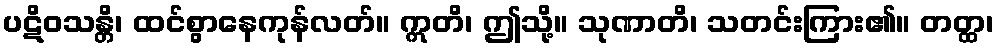
ပဋိဝသန္တိ၊ ထင်စွာနေကုန်လတ်။ ဣတိ၊ ဤသို့။ သုဏာတိ၊ သတင်းကြား၏။ တတ္ထ၊